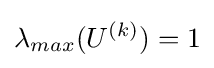
\lambda _{max}(U^{(k)})=1